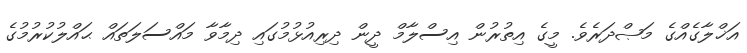
އަޚްލާގެއްގެ މަޞްދަރެވެ. މީގެ އިތުރުން އިސްލާމް ދީން ދިރިއުޅުމުގައި ދިމާވާ މައްސަލަތައް ޙައްލުކުރުމުގެ